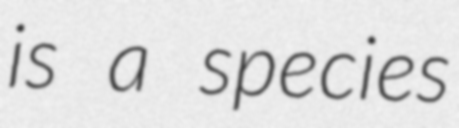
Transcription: is a species